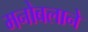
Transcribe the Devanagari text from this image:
मनोबलाने